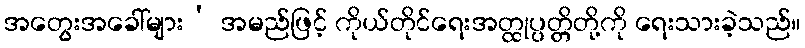
အတွေးအခေါ်များ’ အမည်ဖြင့် ကိုယ်တိုင်ရေးအတ္ထုပ္ပတ္တိတို့ကို ရေးသားခဲ့သည်။